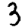
Digit: 3